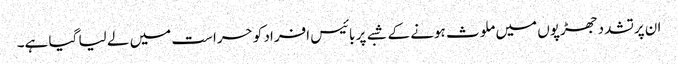
ان پرتشدد جھڑپوں میں ملوث ہونے کے شبے پر بائیس افراد کو حراست میں لے لیا گیا ہے۔